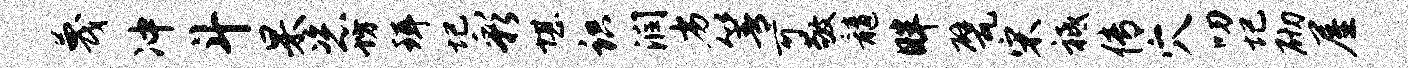
蔑冲斗杲恣坊珥圮彩堪识润劣箐可敬髓畔甓宋祗传穴叨圮砌屋